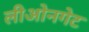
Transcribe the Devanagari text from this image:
लीओनगेट